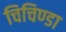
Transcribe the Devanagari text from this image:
चिचिण्डा